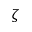
\zeta